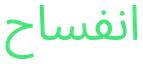
انفساح